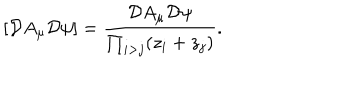
LaTeX: \left[ { \cal D } A _ { \mu } { \cal D } \psi \right] = \frac { { \cal D } A _ { \mu } { \cal D } \psi } { \prod _ { i > j } ( z _ { i } + z _ { j } ) } .